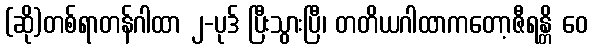
(ဆို)တစ်ရာတန်ဂါထာ ၂-ပုဒ် ပြီးသွားပြီ၊ တတိယဂါထာကတော့ဇီရန္တိ ဝေ